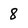
Character: 8